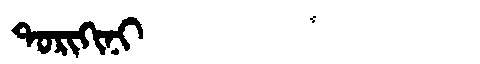
Manchu: ᡨᠣᡵᡳᡴᡳᠨᡳ
Romanization: TORIKINI